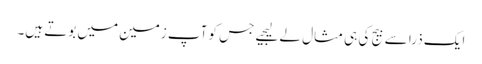
ایک ذرا سے بیج کی ہی مثال لے لیجیے جس کو آپ زمین میں بوتے ہیں۔